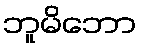
ဘူမိဘော